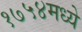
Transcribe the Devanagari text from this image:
१७५४मध्ये